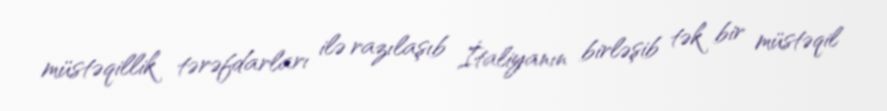
müstəqillik tərəfdarları ilə razılaşıb İtaliyanın birləşib tək bir müstəqil